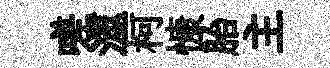
嗟澨柯慷胎主